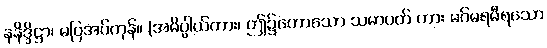
နနိဒ္ဒိဋ္ဌာ၊ မပြအပ်ကုန်။ (အဓိပ္ပါယ်ကား၊ ဤ၌ဟောသော သမာပတ် ကား မဂ်မရမီရသော